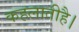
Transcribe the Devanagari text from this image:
कहलातीहै।